Newspaper: The Dalles daily chronicle. [volume]
Place of publication: The Dalles, Or.
Publisher: Cronicle Pub. Co.
Date: 1895-06-03 00:00:00
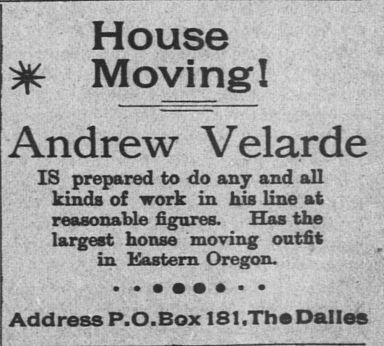
Advertisement text (OCR):
House Moving I Andrew Velarde IS prepared to do any and all kinds of work in his line at reasonable figures. Has the largest honse moving outfit in Kastern Oregon. Address P.O.Box 181,Th Dalles
Label: text-only